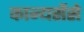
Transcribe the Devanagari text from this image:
कान्यसेंसे